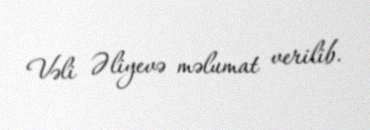
Vəli Əliyevə məlumat verilib.